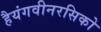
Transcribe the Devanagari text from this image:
हैयंगवीनरसिको